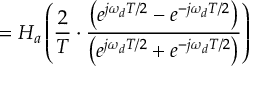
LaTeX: = H _ { a } \left( { \frac { 2 } { T } } \cdot { \frac { \left( e ^ { j \omega _ { d } T / 2 } - e ^ { - j \omega _ { d } T / 2 } \right) } { \left( e ^ { j \omega _ { d } T / 2 } + e ^ { - j \omega _ { d } T / 2 } \right) } } \right)